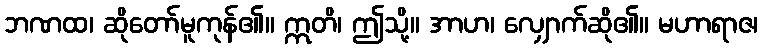
ဘဏထ၊ ဆိုတော်မူကုန်၏။ ဣတိ၊ ဤသို့။ အာဟ၊ လျှောက်ဆို၏။ မဟာရာဇ၊